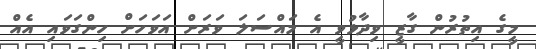
މީގެ އިތުރުން ގާޒީ ވިދާޅުވީ އެ މައްސަލަ ވަރަށް އަވަހަށް ހިންގަވައި އެއް